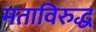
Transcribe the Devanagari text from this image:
मताविरुद्ध